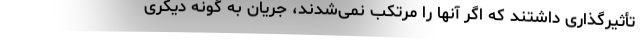
تأثیرگذاری داشتند که اگر آنها را مرتکب نمی‌شدند، جریان به گونه دیگری